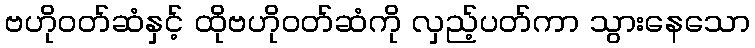
ဗဟိုဝတ်ဆံနှင့် ထိုဗဟိုဝတ်ဆံကို လှည့်ပတ်ကာ သွားနေသော